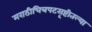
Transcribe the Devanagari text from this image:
मराठीचित्रपटसृष्टीतल्या